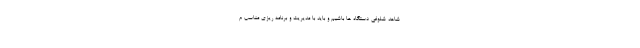
شاهد شلوغی دستگاه ها باشیم و باید با مدیریت و برنامه ریزی مناسب م